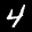
Label: 4